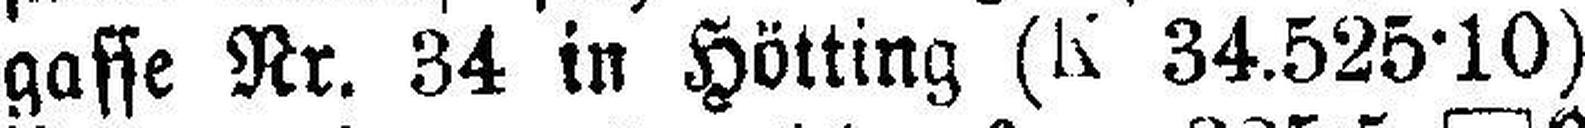
gasse Nr. 34 in Hötting (K 34.525·10)